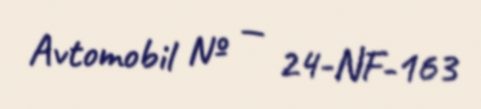
Avtomobil № — 24-NF-163